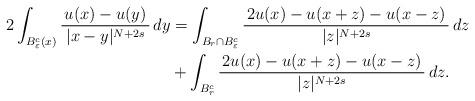
LaTeX: \begin{align*}2\int_{B^c_\varepsilon(x)}\frac{\, u(x) - u(y) \,}{|x - y|^{N + 2s}}\,dy &= \int_{B_r\cap B^c_\varepsilon}\frac{\, 2u(x) - u(x + z) - u(x - z) \,}{|z|^{N + 2s}}\,dz \\&+ \int_{B^c_r}\frac{\, 2u(x) - u(x + z) - u(x - z) \,}{|z|^{N + 2s}}\,dz.\end{align*}